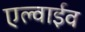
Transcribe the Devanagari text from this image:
एल्वाईव